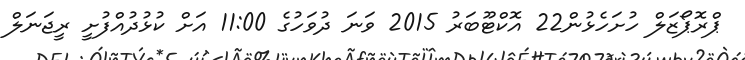
ޕްރޮޕޯޒަލް ހުށަހެޅުން22 އޮކްޓޫބަރު 2015 ވަނަ ދުވަހުގެ 11:00 އަށް ކުޅުދުއްފުށީ ރީޖަނަލް